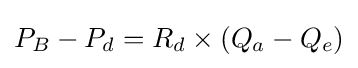
P_{B}-P_{d}=R_{d}\times (Q_{a}-Q_{e})